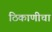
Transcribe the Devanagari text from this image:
ठिकाणीचा